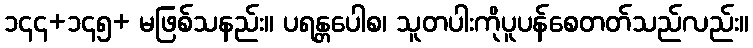
၁၄၄+၁၄၅+ မဖြစ်သနည်း။ ပရန္တပေါစ၊ သူတပါးကိုပူပန်စေတတ်သည်လည်း။